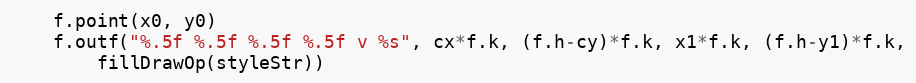
Language: Go
	f.point(x0, y0)
	f.outf("%.5f %.5f %.5f %.5f v %s", cx*f.k, (f.h-cy)*f.k, x1*f.k, (f.h-y1)*f.k,
		fillDrawOp(styleStr))